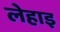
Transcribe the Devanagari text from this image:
लेहाइ